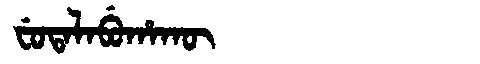
Manchu: ᠸᡠᡨᠠᠯᠠᠪᡠᡥᠠᡴᡡ
Romanization: FUTALABUHAKŪ